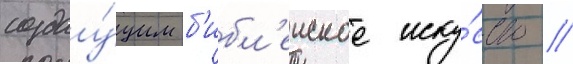
создау́щим б'ибл'еиское иску́сство //